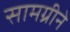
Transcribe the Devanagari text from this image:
सामग्रीने